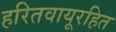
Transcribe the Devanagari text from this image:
हरितवायूरहित